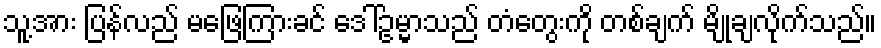
သူ့အား ပြန်လည် မဖြေကြားခင် ဒေါ်ဥမ္မာသည် တံတွေးကို တစ်ချက် မျိုချလိုက်သည်။